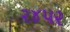
૨૪૫૨